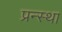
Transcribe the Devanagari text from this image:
प्रन्स्था